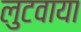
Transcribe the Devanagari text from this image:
लुटवाया